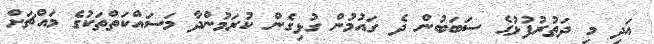
އަދި މި ދަތުރުފުޅުގެ ސަބަބުން ދެ ގައުމުން ގުޅިގެން ކުރަމުންދާ މަސައްކަތްތަކުގެ މައްޗަށް